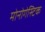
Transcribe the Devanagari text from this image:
मोनोगेस्टिक